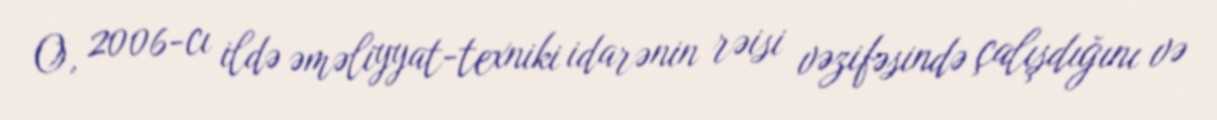
O, 2006-cı ildə əməliyyat-texniki idarənin rəisi vəzifəsində çalışdığını və